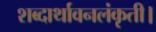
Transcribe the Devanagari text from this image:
शब्दार्थावनलंकृती।